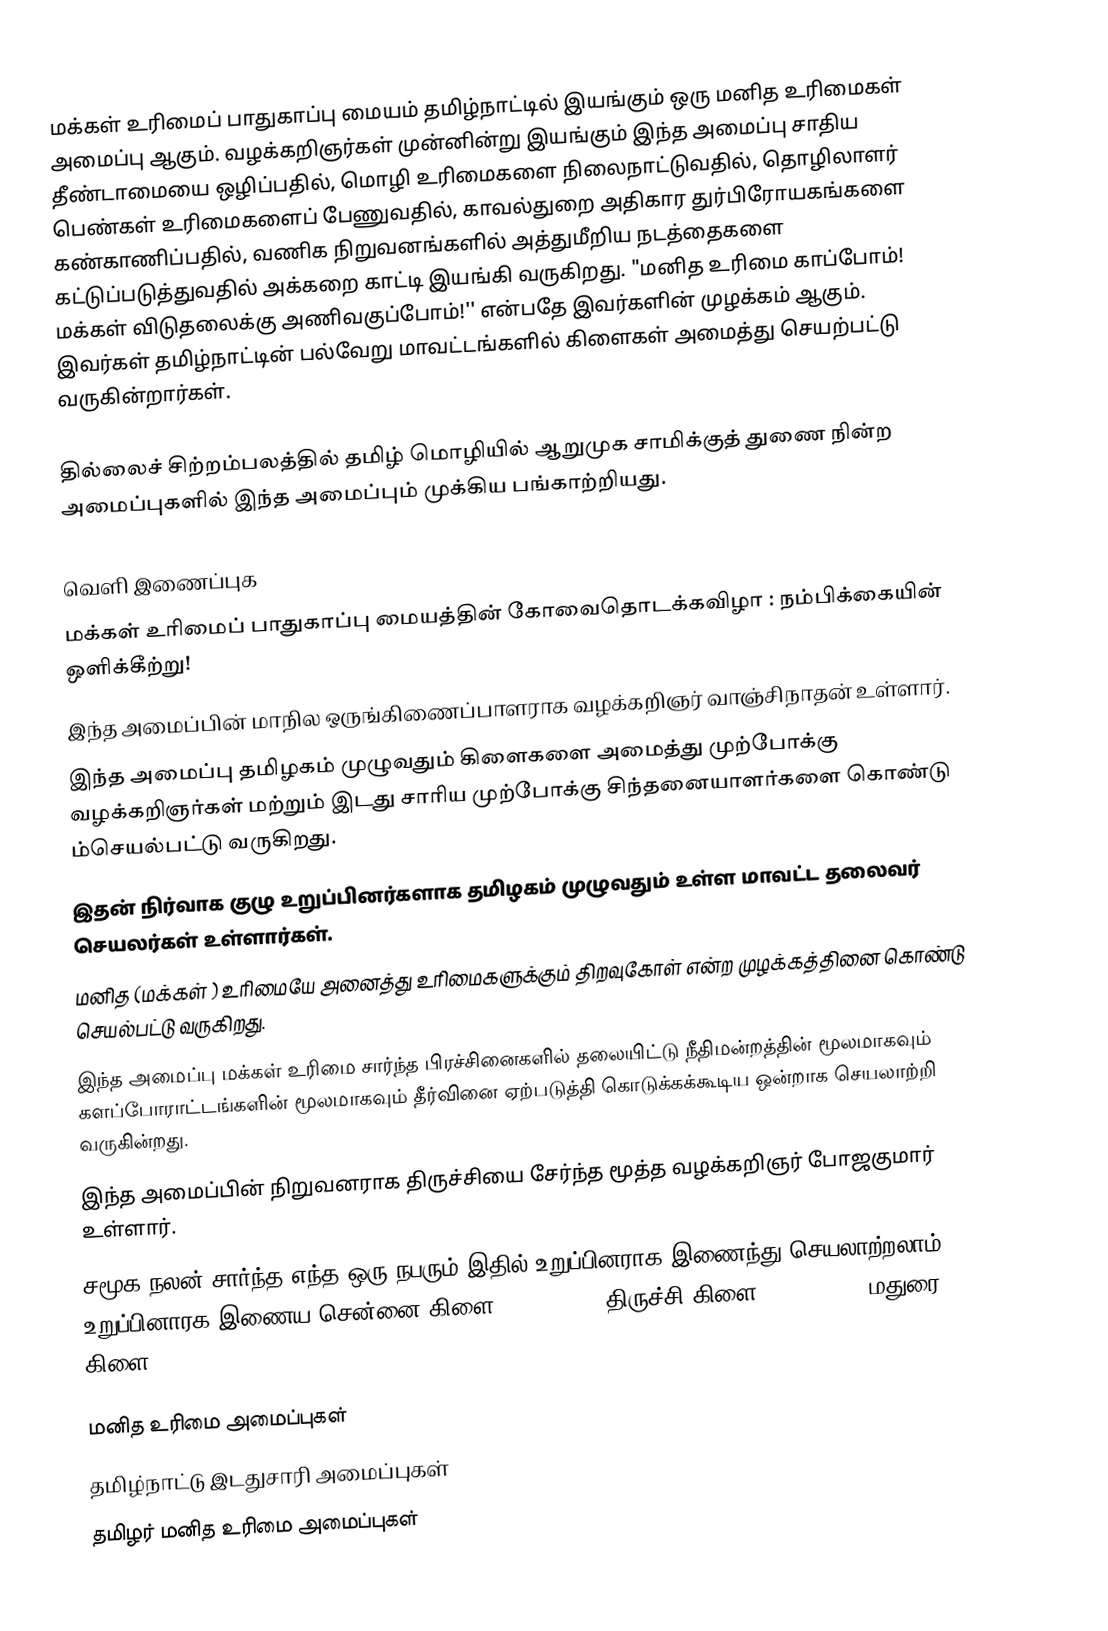
மக்கள் உரிமைப் பாதுகாப்பு மையம் தமிழ்நாட்டில் இயங்கும் ஒரு மனித உரிமைகள் அமைப்பு ஆகும்.  வழக்கறிஞர்கள் முன்னின்று இயங்கும் இந்த அமைப்பு சாதிய தீண்டாமையை ஒழிப்பதில், மொழி உரிமைகளை நிலைநாட்டுவதில், தொழிலாளர் பெண்கள் உரிமைகளைப் பேணுவதில், காவல்துறை அதிகார துர்பிரோயகங்களை கண்காணிப்பதில்,   வணிக நிறுவனங்களில் அத்துமீறிய நடத்தைகளை கட்டுப்படுத்துவதில் அக்கறை காட்டி இயங்கி வருகிறது. "மனித உரிமை காப்போம்! மக்கள் விடுதலைக்கு அணிவகுப்போம்!'' என்பதே இவர்களின் முழக்கம் ஆகும். இவர்கள் தமிழ்நாட்டின் பல்வேறு மாவட்டங்களில் கிளைகள் அமைத்து செயற்பட்டு வருகின்றார்கள்.

தில்லைச் சிற்றம்பலத்தில் தமிழ் மொழியில் ஆறுமுக சாமிக்குத் துணை நின்ற அமைப்புகளில் இந்த அமைப்பும் முக்கிய பங்காற்றியது.

வெளி இணைப்புக
 மக்கள் உரிமைப் பாதுகாப்பு மையத்தின் கோவைதொடக்கவிழா : நம்பிக்கையின் ஒளிக்கீற்று!
இந்த அமைப்பின் மாநில ஒருங்கிணைப்பாளராக வழக்கறிஞர் வாஞ்சிநாதன் உள்ளார்.
இந்த அமைப்பு தமிழகம் முழுவதும் கிளைகளை அமைத்து முற்போக்கு வழக்கறிஞர்கள் மற்றும் இடது சாரிய முற்போக்கு சிந்தனையாளர்களை கொண்டு ம்செயல்பட்டு வருகிறது.
இதன் நிர்வாக குழு உறுப்பினர்களாக தமிழகம் முழுவதும் உள்ள மாவட்ட தலைவர் செயலர்கள் உள்ளார்கள்.
மனித (மக்கள் ) உரிமையே  அனைத்து உரிமைகளுக்கும் திறவுகோள் என்ற முழக்கத்தினை கொண்டு செயல்பட்டு வருகிறது.
இந்த அமைப்பு மக்கள் உரிமை சார்ந்த பிரச்சினைகளில் தலையிட்டு நீதிமன்றத்தின் மூலமாகவும் களப்போராட்டங்களின் மூலமாகவும் தீர்வினை ஏற்படுத்தி கொடுக்கக்கூடிய ஒன்றாக செயலாற்றி வருகின்றது.
இந்த அமைப்பின் நிறுவனராக திருச்சியை சேர்ந்த மூத்த வழக்கறிஞர் போஜகுமார் உள்ளார்.
சமூக நலன் சார்ந்த எந்த ஒரு நபரும் இதில் உறுப்பினராக இணைந்து செயலாற்றலாம். உறுப்பினாரக இணைய  சென்னை கிளை-9842812062, திருச்சி கிளை-9444253030, மதுரை கிளை-9865348163

மனித உரிமை அமைப்புகள்
தமிழ்நாட்டு இடதுசாரி அமைப்புகள்
தமிழர் மனித உரிமை அமைப்புகள்